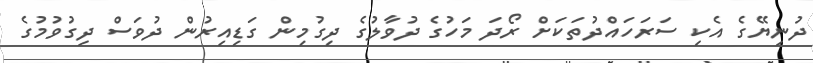
ދުނިޔޭގެ އެކި ސަރަހައްދުތަކަށް ރޯދަ މަހުގެ ދުވާލުގެ ދިގުމިން ގަޑިއިރުން ދުވަސް ދިގުވުމުގެ